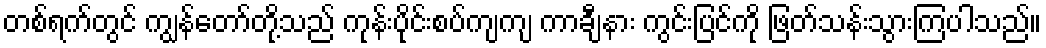
တစ်ရက်တွင် ကျွန်တော်တို့သည် ကုန်းပိုင်းစပ်ကျကျ ကာချီနား ကွင်းပြင်ကို ဖြတ်သန်းသွားကြပါသည်။